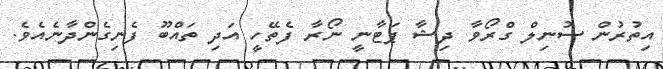
އިތުރުން ސުނިލް ގްރޯވާ ދިޝާ ޕަޓާނީ ނޯރާ ފެތޭހީ އަދި ތައްބޫ ފެނިގެންދާނެއެވެ.